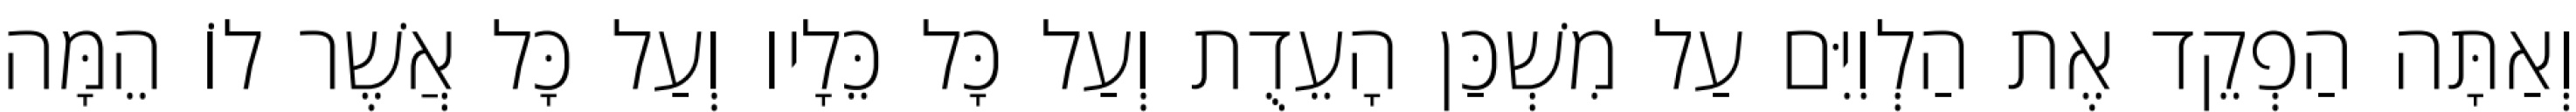
וְאַתָּה הַפְקֵד אֶת הַלְוִיִּם עַל מִשְׁכַּן הָעֵדֻת וְעַל כָּל כֵּלָיו וְעַל כָּל אֲשֶׁר לוֹ הֵמָּה